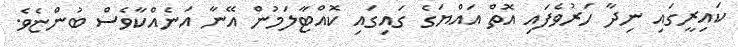
ކައިރީގައި ނިދާ ހަރުވެފައި އޮތް އައްޔަގެ ގައިގައި ކޮއްޓާލަމުން އޭނާ އަނެއްކާވެސް ބުންޏެވެ.